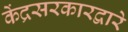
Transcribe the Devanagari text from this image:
केंद्रसरकारद्वारे